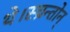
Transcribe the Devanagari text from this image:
थे।स्च्रन्तोन्